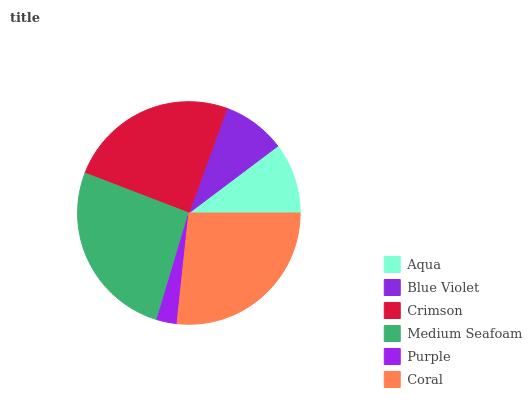
| Aqua | Blue Violet | Crimson | Medium Seafoam | Purple | Coral |
 | --- | --- | --- | --- | --- | --- |
 | 10.3% | 9.18% | 24.7% | 26.2% | 2.93% | 26.7% |